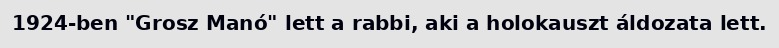
1924-ben "Grosz Manó" lett a rabbi, aki a holokauszt áldozata lett.